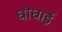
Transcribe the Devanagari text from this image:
धोधाई